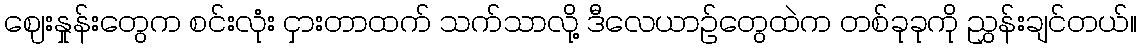
ဈေးနှုန်းတွေက စင်းလုံး ငှားတာထက် သက်သာလို့ ဒီလေယာဉ်တွေထဲက တစ်ခုခုကို ညွှန်းချင်တယ်။